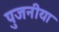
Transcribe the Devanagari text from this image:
पुजनीया